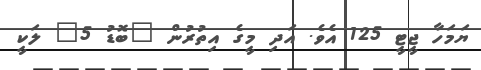
ޔަމަހާ ޖީޓީ 125 އެވެ. އަދި މީގެ އިތުރުން "ބޮޑު 5" ލަކީ